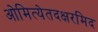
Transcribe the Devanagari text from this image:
ओमित्येतदक्षरमिद